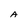
Character: A